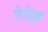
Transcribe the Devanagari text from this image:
टेनेज़